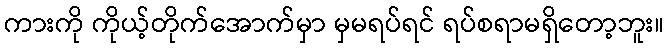
ကားကို ကိုယ့်တိုက်အောက်မှာ မှမရပ်ရင် ရပ်စရာမရှိတော့ဘူး။